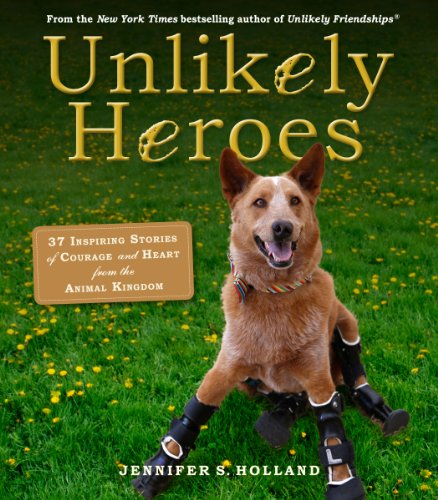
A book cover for Unlikely Heroes: 37 Inspiring Stories of Courage and Heart from the Animal Kingdom; Jennifer Holland; Crafts, Hobbies & Home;